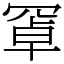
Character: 𦋐